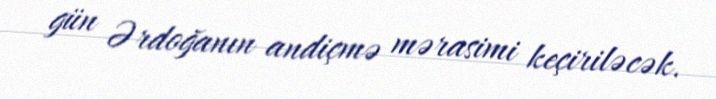
gün Ərdoğanın andiçmə mərasimi keçiriləcək.